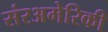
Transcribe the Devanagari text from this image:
संरअमेरिकी